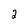
Character: 2